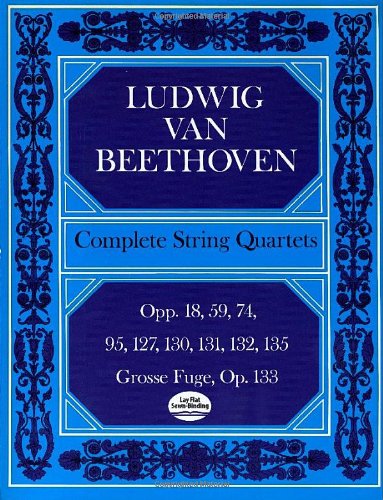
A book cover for Ludwig van Beethoven Complete String Quartets; Ludwig van Beethoven; Humor & Entertainment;